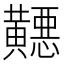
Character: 𬹓